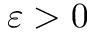
\varepsilon > 0